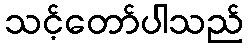
သင့်တော်ပါသည်